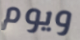
ويوم